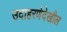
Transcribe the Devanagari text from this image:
उदाहरणेदेखील